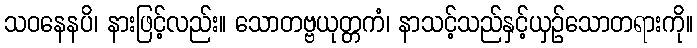
သဝနေနပိ၊ နားဖြင့်လည်း။ သောတဗ္ဗယုတ္တကံ၊ နာသင့်သည်နှင့်ယှဉ်သောတရားကို။